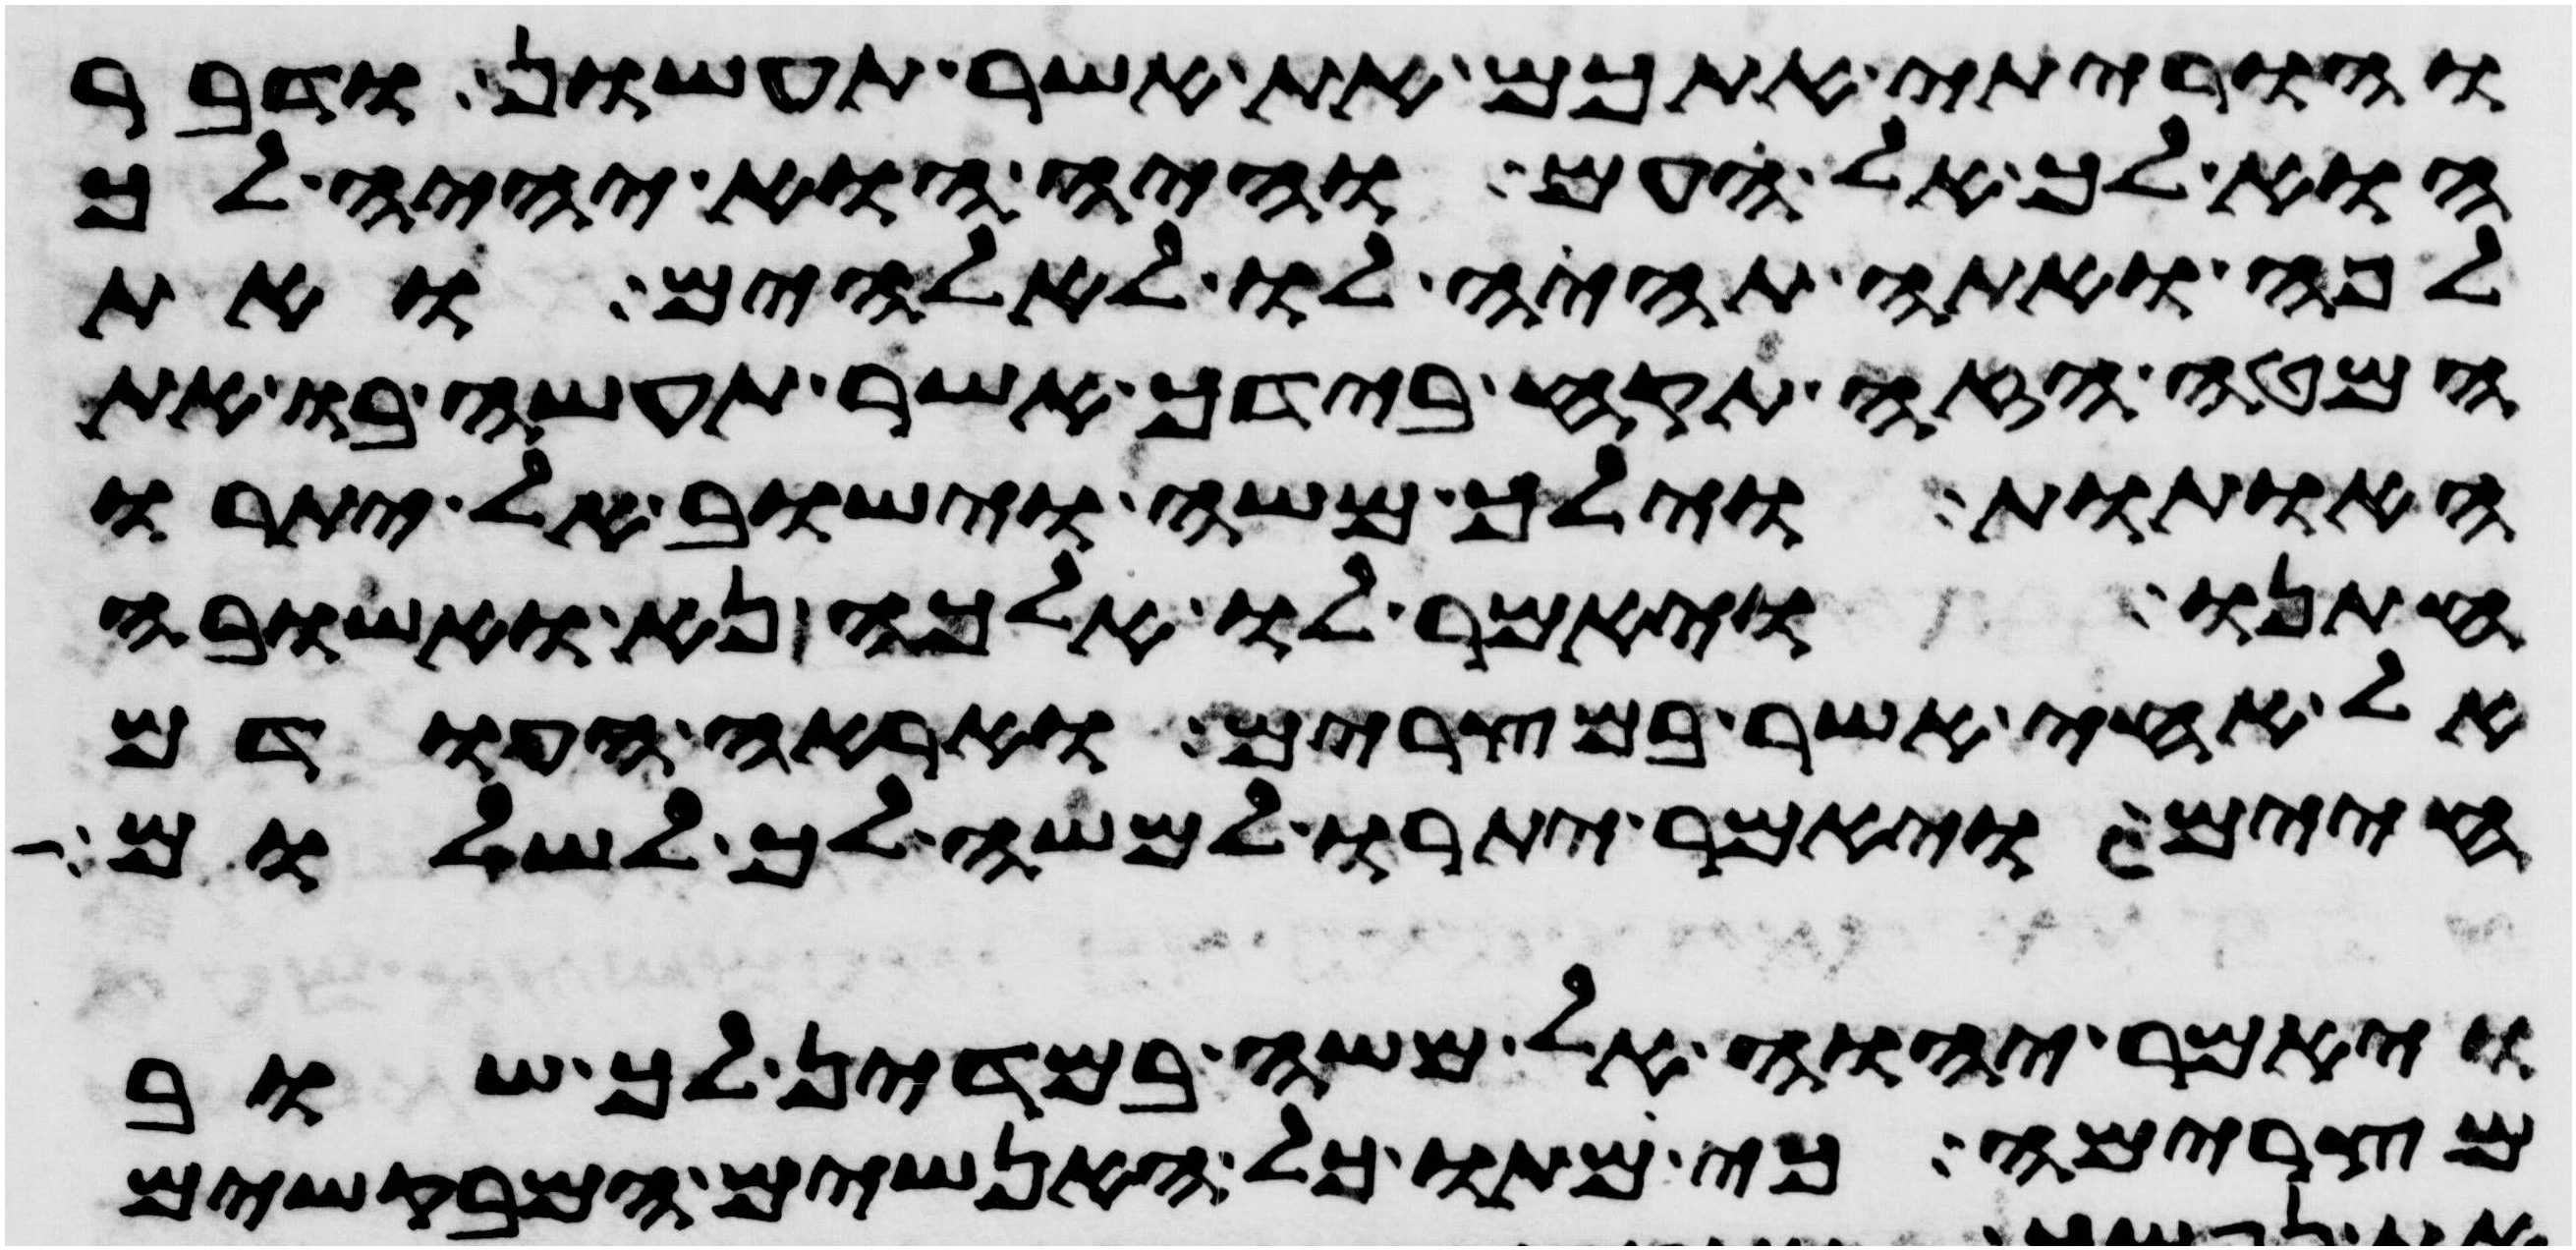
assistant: והוריתי אתכם את אשר תעשון ודבר
הוא לך אל העם והיה הוא יהיה לך
לפה ואתה תהיה לו לאלהים ואת
המטה הזה תקח בידך אשר תעשה בו את
האתות וילך משה וישב אל יתרו
חתנו ויאמר לו אלכה נא ואשובה
אל אחי אשר במצרים ואראה העודם
חיים ויאמר יתרו למשה לך לשלום
ויאמר יהוה אל משה במדין לך שוב
מצרימה כי מתו כל האנשים המבקשים